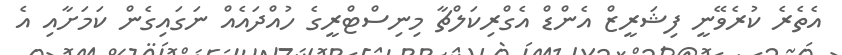
އެތެރެ ކުރެވޭނީ ފިޝަރީޒް އެންޑް އެގްރިކަލްޗާ މިނިސްޓްރީގެ ހުއްދައެއް ނަގައިގެން ކަމަށާއި އެ